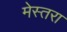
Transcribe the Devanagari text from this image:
मेस्तरा